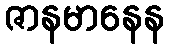
ဇာနမာနေန